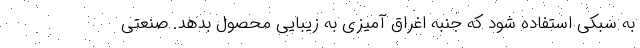
به سبکی استفاده شود که جنبه اغراق آمیزی به زیبایی محصول بدهد. صنعتی